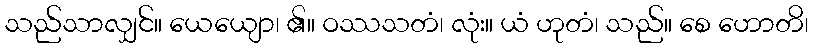
သည်သာလျှင်။ ယေယျော၊ ၏။ ဝဿသတံ၊ လုံး။ ယံ ဟုတံ၊ သည်။ စေ ဟောတိ၊